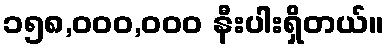
၁၅၈,၀၀၀,၀၀၀ နီးပါးရှိတယ်။